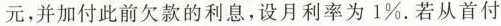
元，并加付此前欠款的利息，设月利率为 1%。若从首付